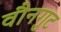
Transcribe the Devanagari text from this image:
वौनगुट